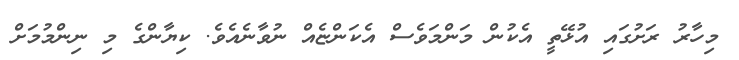
މިހާރު ރަށުގައި އުޅޭތީ އެކުން މަންމަވެސް އެކަަންޏެއް ނުވާނެއެވެ. ކިޔާންގެ މި ނިންމުމަށް